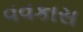
વવકાસ